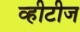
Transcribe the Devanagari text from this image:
व्हीटीज